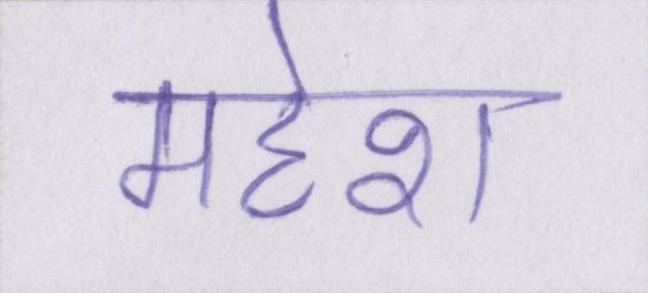
महेश